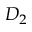
D _ { 2 }